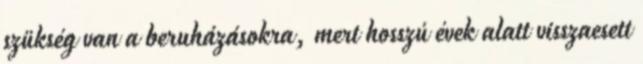
szükség van a beruházásokra, mert hosszú évek alatt visszaesett